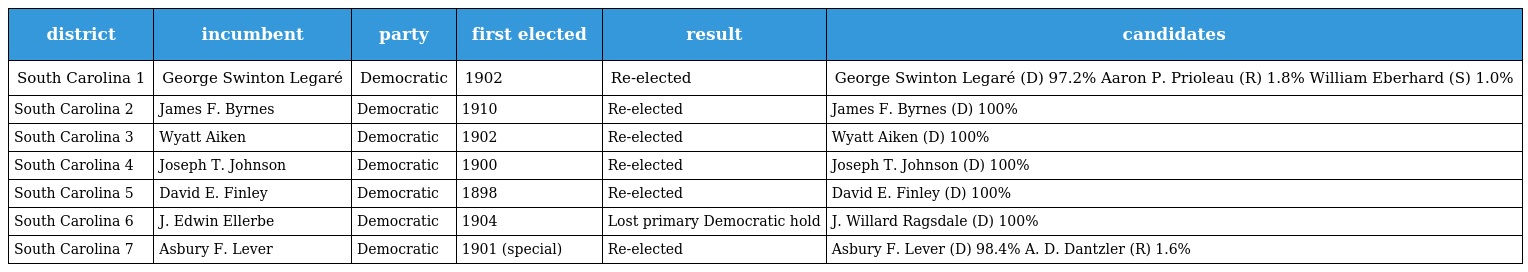
| district | incumbent | party | first elected | result | candidates |
 | --- | --- | --- | --- | --- | --- |
 | South Carolina 1 | George Swinton Legaré | Democratic | 1902 | Re-elected | George Swinton Legaré (D) 97.2% Aaron P. Prioleau (R) 1.8% William Eberhard (S) 1.0% |
 | South Carolina 2 | James F. Byrnes | Democratic | 1910 | Re-elected | James F. Byrnes (D) 100% |
 | South Carolina 3 | Wyatt Aiken | Democratic | 1902 | Re-elected | Wyatt Aiken (D) 100% |
 | South Carolina 4 | Joseph T. Johnson | Democratic | 1900 | Re-elected | Joseph T. Johnson (D) 100% |
 | South Carolina 5 | David E. Finley | Democratic | 1898 | Re-elected | David E. Finley (D) 100% |
 | South Carolina 6 | J. Edwin Ellerbe | Democratic | 1904 | Lost primary Democratic hold | J. Willard Ragsdale (D) 100% |
 | South Carolina 7 | Asbury F. Lever | Democratic | 1901 (special) | Re-elected | Asbury F. Lever (D) 98.4% A. D. Dantzler (R) 1.6% |